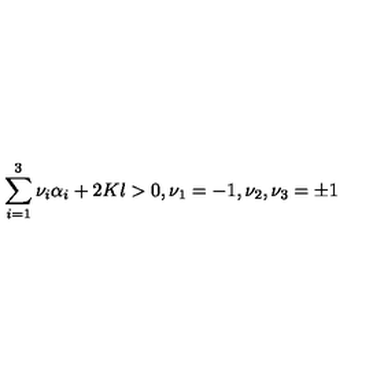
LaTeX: \sum _ { i = 1 } ^ { 3 } \nu _ { i } \alpha _ { i } + 2 K l > 0 , \nu _ { 1 } = - 1 , \nu _ { 2 } , \nu _ { 3 } = \pm 1